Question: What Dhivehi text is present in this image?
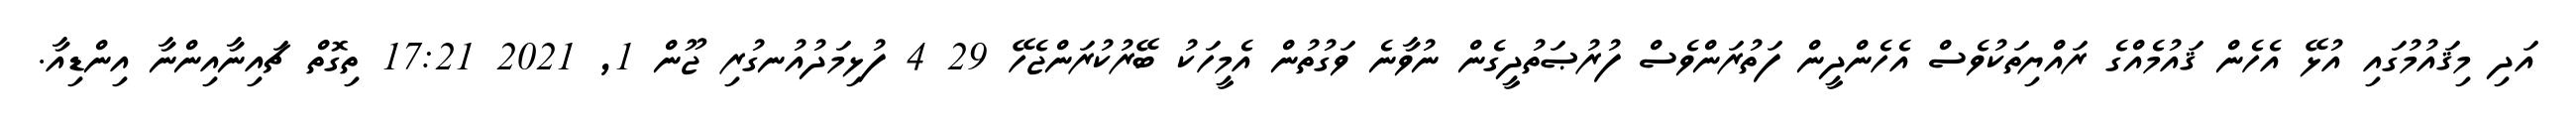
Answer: އަދި މިޤައުމުގައި އުޅޭ އެހެން ޤައުމެއްގެ ރައްޔިތަކުވެސް އެހެންދީން ފަތުރަންވެސް ފުރުޞަތުދީގެން ނުވާނެ ވަގުތުން އެމީހަކު ބޭރުކުރަންޖެހޭ 29 4 ފުޅިމަދުއުނގުރި ޖޫން 1, 2021 17:21 ތިގޮތް ޗައިނާއިންނާ އިންޑިއާ.